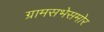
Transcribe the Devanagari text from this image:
ग्रामसभेसमोर